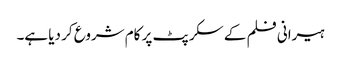
ہیرانی فلم کے سکرپٹ پر کام شروع کر دیا ہے۔